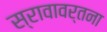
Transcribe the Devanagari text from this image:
स्रावावर्तना